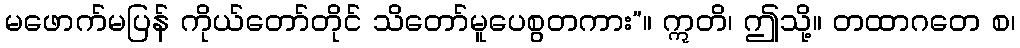
မဖောက်မပြန် ကိုယ်တော်တိုင် သိတော်မူပေစွတကား”။ ဣတိ၊ ဤသို့။ တထာဂတေ စ၊